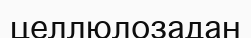
целлюлозадан